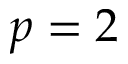
p = 2